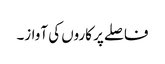
فاصلے پر کاروں کی آواز۔